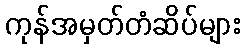
ကုန်အမှတ်တံဆိပ်များ